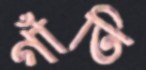
গাঁতি